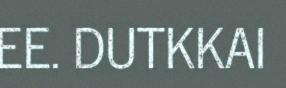
EE. DUTKKAI